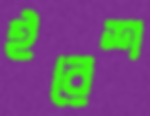
ইরেশ